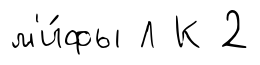
м'и́фы Л К 2